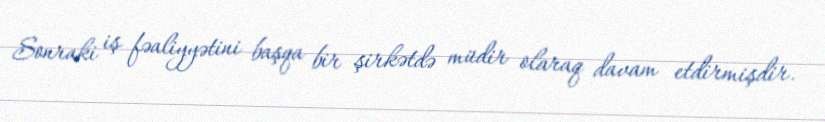
Sonraki iş fəaliyyətini başqa bir şirkətdə müdir olaraq davam etdirmişdir.